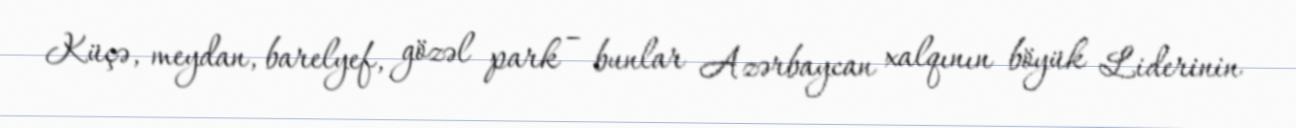
Küçə, meydan, barelyef, gözəl park – bunlar Azərbaycan xalqının böyük Liderinin